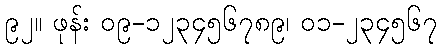
၉၂။ ဖုန်း ၀၉-၁၂၃၄၅၆၇၈၉၊ ၀၁-၂၃၄၅၆၇